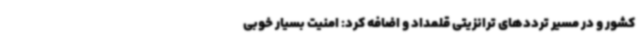
کشور و در مسیر ترددهای ترانزیتی قلمداد و اضافه کرد: امنیت بسیار خوبی